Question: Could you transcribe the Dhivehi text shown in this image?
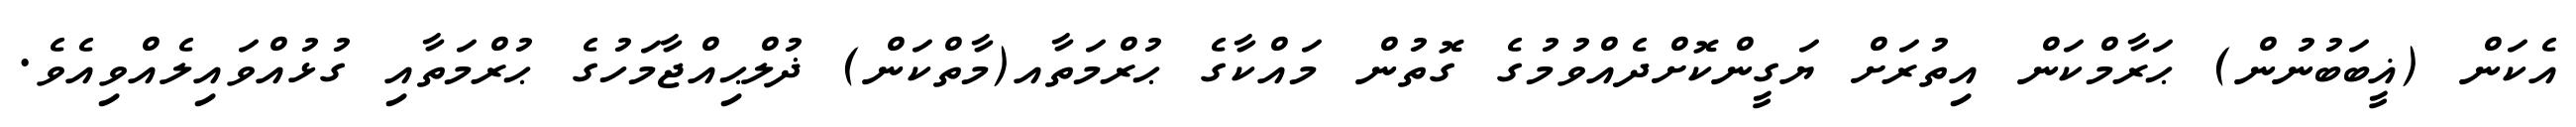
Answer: އެކަން (ޣީބަބުނުން) ޙަރާމްކަން އިތުރަށް ޔަގީންކޮށްދެއްވުމުގެ ގޮތުން މައްކާގެ ޙުރްމަތާއ(މާތްކަން) ޛުލްޙިއްޖާމަހުގެ ޙުރްމަތާއި ގުޅުއްވައިލެއްވިއެވެ.